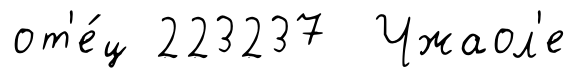
от'е́ц 223237 Чжаол'е